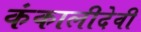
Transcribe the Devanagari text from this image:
कंकालीदेवी